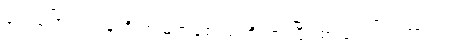
လေကြောင်းရန်ကို အမြဲတစေ သတိထားပြီး စာသင်ကြရတာပါ။